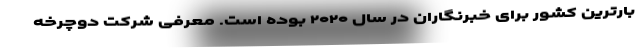
بارترین کشور برای خبرنگاران در سال ۲۰۲۰ بوده است. معرفی شرکت دوچرخه